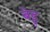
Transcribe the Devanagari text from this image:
बेट्टु